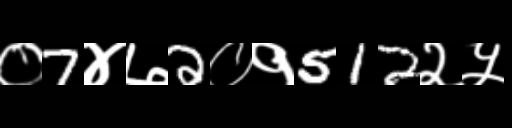
Text: ०7४७2०१512२५